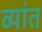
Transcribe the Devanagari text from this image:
व्यांत